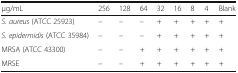
<table><thead><tr><td><b>μg/mL</b></td><td><b>256</b></td><td><b>128</b></td><td><b>64</b></td><td><b>32</b></td><td><b>16</b></td><td><b>8</b></td><td><b>4</b></td><td><b>Blank</b></td></tr></thead><tbody><tr><td><i>S. aureus</i> (ATCC 25923)</td><td>–</td><td>–</td><td>–</td><td>+</td><td>+</td><td>+</td><td>+</td><td>+</td></tr><tr><td><i>S. epidermidis</i> (ATCC 35984)</td><td>–</td><td>–</td><td>–</td><td>+</td><td>+</td><td>+</td><td>+</td><td>+</td></tr><tr><td>MRSA (ATCC 43300)</td><td>–</td><td>–</td><td>+</td><td>+</td><td>+</td><td>+</td><td>+</td><td>+</td></tr><tr><td>MRSE</td><td>–</td><td>–</td><td>+</td><td>+</td><td>+</td><td>+</td><td>+</td><td>+</td></tr></tbody></table>